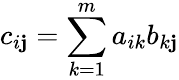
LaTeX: c_{i\mathbf{j}}=\sum_{k=1}^{m}a_{ik}b_{k\mathbf{j}}